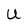
Character: U